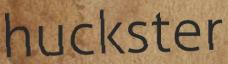
huckster